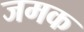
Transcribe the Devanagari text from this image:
जमक